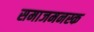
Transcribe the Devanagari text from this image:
समाजमनस्क